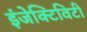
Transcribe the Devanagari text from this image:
इंजेक्टिविटी